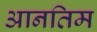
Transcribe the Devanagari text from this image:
आनतिम